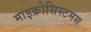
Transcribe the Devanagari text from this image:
माइक्रोसिस्टमस